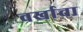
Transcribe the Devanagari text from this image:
वर्खाचा